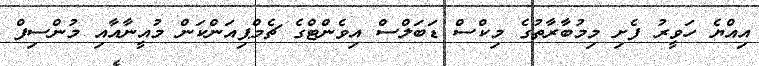
އިއްޔެ ހަވީރު ފެށި މިމުބާރާތުގެ މިކްސް ޑަބަލްސް އިވެންޓްގެ ޗެމްޕިއަންކަން މުއީނާއާއި މުންސިފް